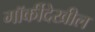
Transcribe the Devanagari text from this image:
गॉर्कीदेखील